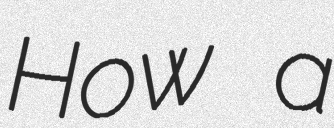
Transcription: How a